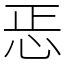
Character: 𢘫